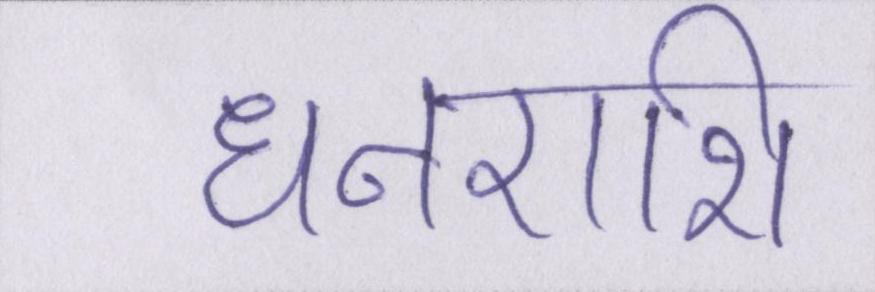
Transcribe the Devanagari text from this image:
धनराशि